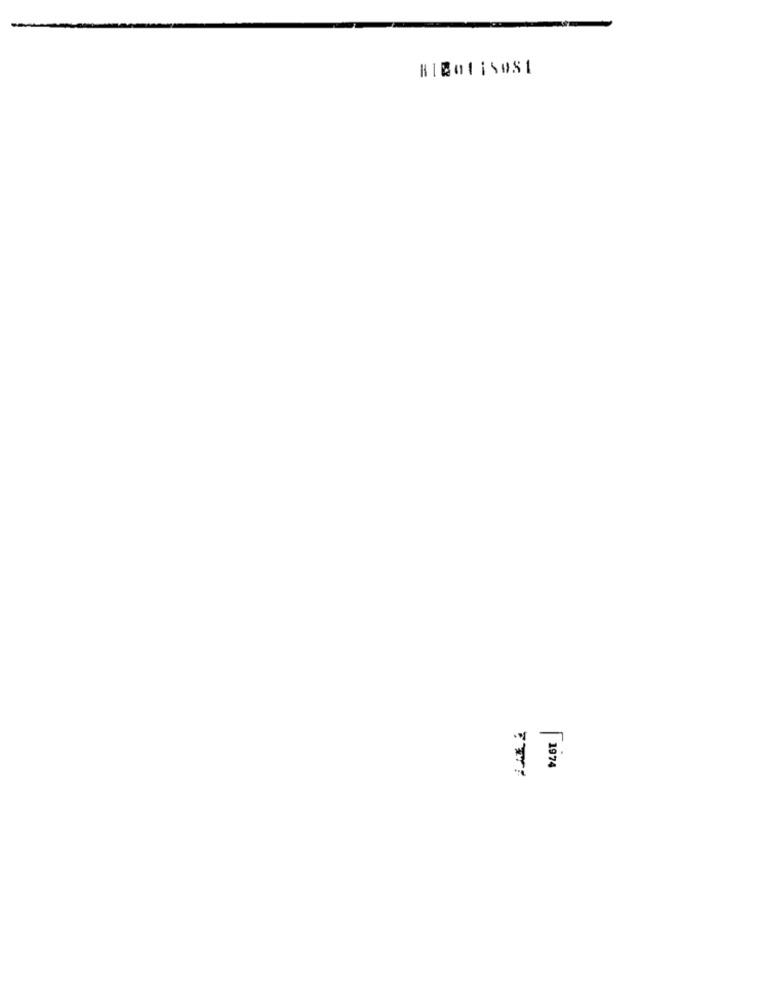
1974